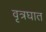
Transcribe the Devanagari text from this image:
वृत्रघात